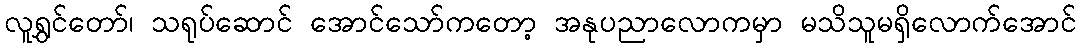
လူရွှင်တော်၊ သရုပ်ဆောင် အောင်သော်ကတော့ အနုပညာလောကမှာ မသိသူမရှိလောက်အောင်